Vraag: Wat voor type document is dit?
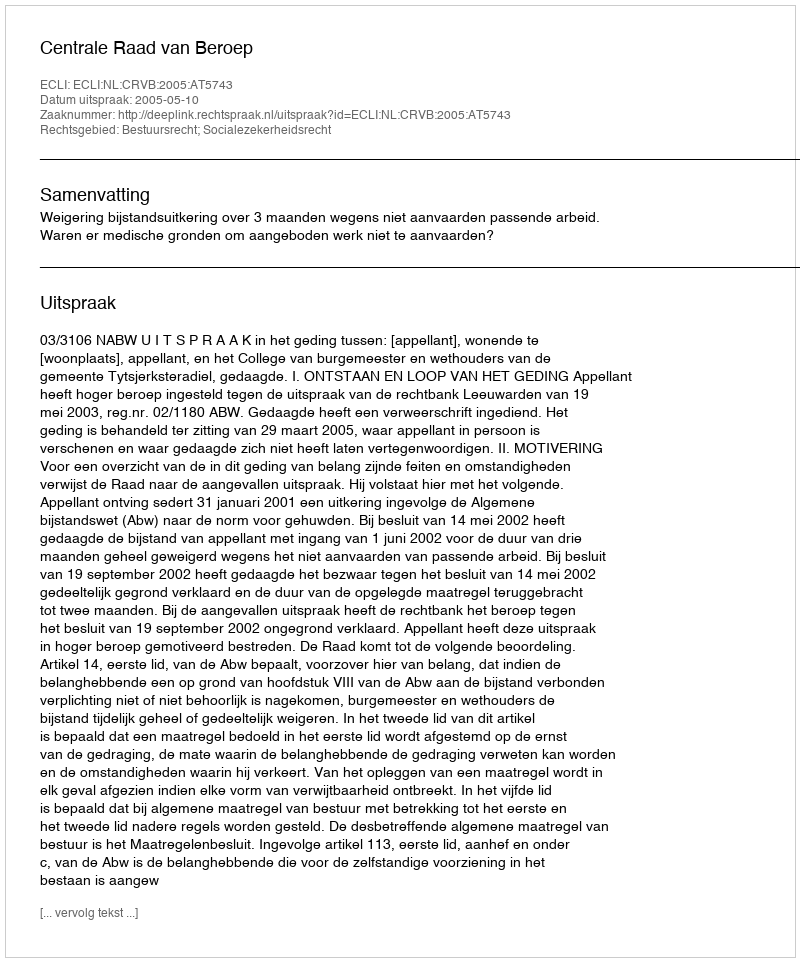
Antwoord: Uitspraak